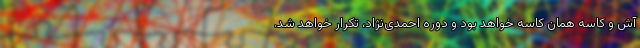
آش و کاسه همان کاسه خواهد بود و دوره احمدی‌نژاد، تکرار خواهد شد.